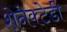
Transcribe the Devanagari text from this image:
शेनेक्टेडी